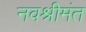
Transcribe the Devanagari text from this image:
नवश्रीमंत